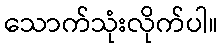
သောက်သုံးလိုက်ပါ။